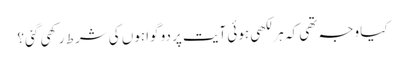
کیا وجہ تھی کہ ہر لکھی ہوئی آیت پر دو گواہوں کی شرط رکھی گئی؟